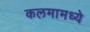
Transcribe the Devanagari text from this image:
कलमामध्ये